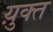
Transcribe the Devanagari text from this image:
य़ुक्त